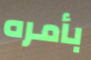
بأمره